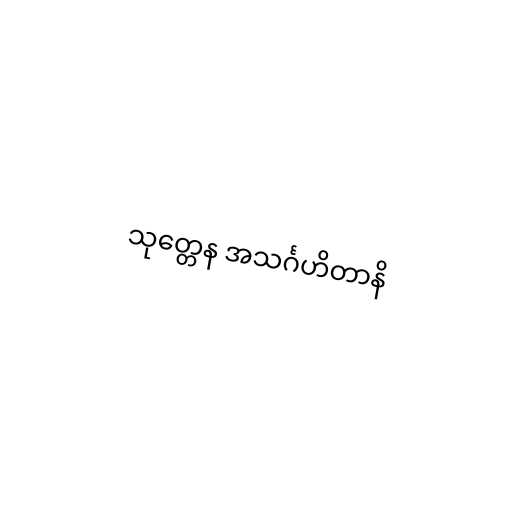
သုတ္တေန အသင်္ဂဟိတာနိ